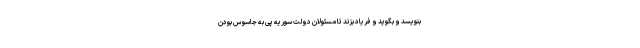
بنویسد و بگوید و فریاد بزند تا مسئولان دولت سوریه پی به جاسوس بودن